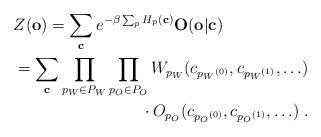
LaTeX: \begin{align*}\begin{multlined}Z(\mathbf{o})=\sum_{\mathbf{c}} e^{-\beta\sum_p H_p(\mathbf{c})} \mathbf{O}(\mathbf{o}|\mathbf{c})\\=\sum_{\mathbf{c}} \prod_{p_W\in P_W} \prod_{p_O\in P_O} W_{p_W}(c_{{p_W}^{(0)}},c_{{p_W}^{(1)}},\ldots)\\\cdot O_{p_O}(c_{{p_O}^{(0)}},c_{{p_O}^{(1)}},\ldots)\;.\end{multlined}\end{align*}